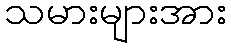
သမားများအား